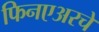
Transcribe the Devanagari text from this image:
फिनएअरचे